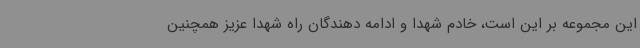
این مجموعه بر این است، خادم شهدا و ادامه دهندگان راه شهدا عزیز همچنین